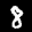
Label: 8